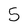
Character: 5